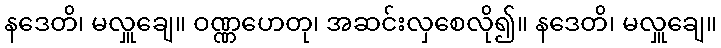
နဒေတိ၊ မလှူချေ။ ဝဏ္ဏဟေတု၊ အဆင်းလှစေလို၍။ နဒေတိ၊ မလှူချေ။